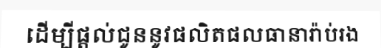
ដើម្បីផ្តល់ជូននូវផលិតផលធានារ៉ាប់រង